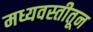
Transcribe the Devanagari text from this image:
मध्यवस्तीतून